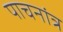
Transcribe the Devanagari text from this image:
पाचनांत्र